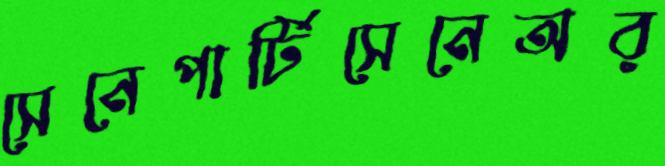
সেনেপার্টিসেনেঅর